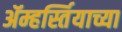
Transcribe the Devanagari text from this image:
ॲम्हर्स्तियाच्या